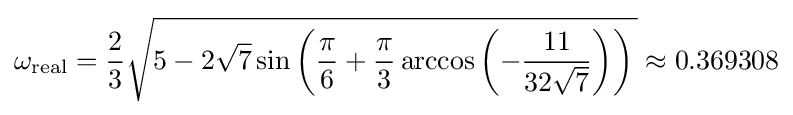
\omega _{\text{real}}={\frac {2}{3}}{\sqrt {5-2{\sqrt {7}}\sin \left({\frac {\pi }{6}}+{\frac {\pi }{3}}\arccos \left(-{\frac {11}{32{\sqrt {7}}}}\right)\right)\,}}\approx 0.369308